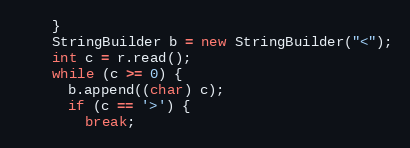
Language: Java
    }
    StringBuilder b = new StringBuilder("<");
    int c = r.read();
    while (c >= 0) {
      b.append((char) c);
      if (c == '>') {
        break;